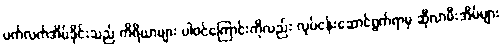
ပက်လက်အိပ်ခိုင်းသည် ကိရိယာများ ပါဝင်ကြောင်းကိုလည်း လုပ်ငန်းဆောင်ရွက်ရာမှ ဆိုလာမီးအိမ်များ